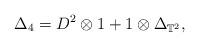
LaTeX: \begin{align*}\Delta_4 = D^2 \otimes 1 + 1 \otimes \Delta_{\mathbb{T}^2},\end{align*}